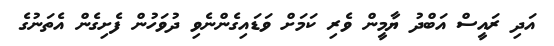
އަދި ރައީސް އަބްދު ޔާމީން ވެރި ކަމަށް ވަޑައިގެންނެވި ދުވަހުން ފެށިގެން އެތަނުގެ